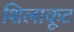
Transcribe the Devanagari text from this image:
शिलाकूट